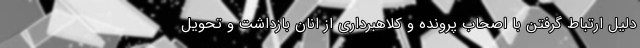
دلیل ارتباط گرفتن با اصحاب پرونده و کلاهبرداری از انان بازداشت و تحویل